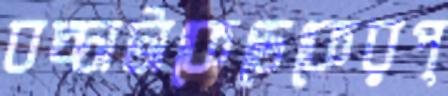
বচ্চাটাকেডেকেরপ্